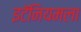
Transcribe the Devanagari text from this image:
इटॅनियमला